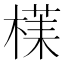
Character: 𱤀